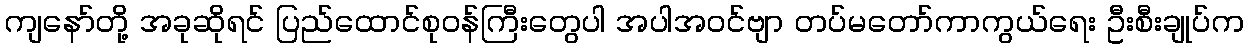
ကျနော်တို့ အခုဆိုရင် ပြည်ထောင်စုဝန်ကြီးတွေပါ အပါအဝင်ဗျာ တပ်မတော်ကာကွယ်ရေး ဦးစီးချုပ်က